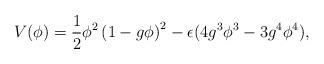
LaTeX: \begin{align*}V (\phi) = {1 \over 2} \phi^2 \left(1 - g\phi\right)^2- \epsilon (4 g^3 \phi^3 - 3 g^4 \phi^4) ,\end{align*}